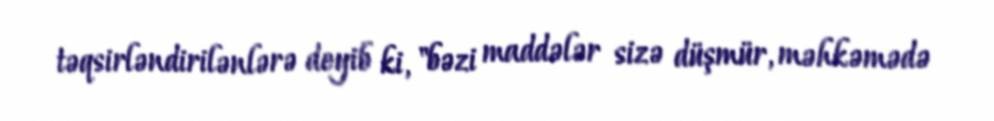
təqsirləndirilənlərə deyib ki, "bəzi maddələr sizə düşmür, məhkəmədə